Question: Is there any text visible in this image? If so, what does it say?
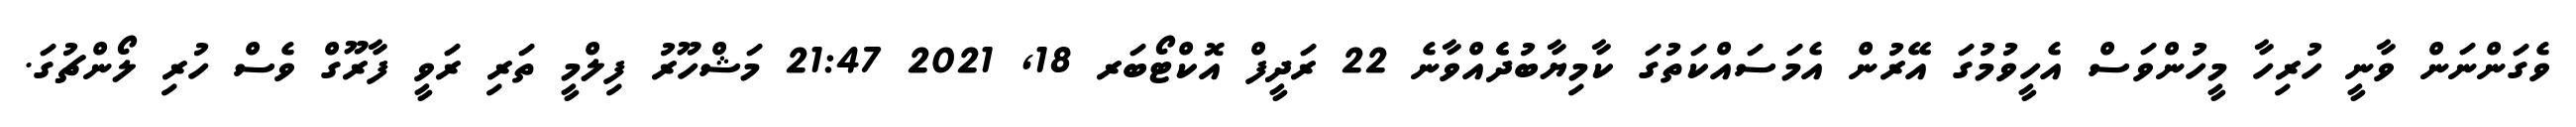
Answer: ވެގަންނަން ވާނީ ހުރިހާ މީހުންވަސް އެހީވުމުގަ އޭރުން އެމަސައްކަތުގަ ކާމިޔާބުދެެއްވާނެ 22 ރަދީފް އޮކްޓޯބަރ 18, 2021 21:47 މަޝްހޫރު ފިލްމީ ތަރި ރަވީ ފާރޫގް ވެސް ހުރި ލޯންޗުގަ.